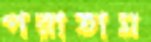
পরাতাম